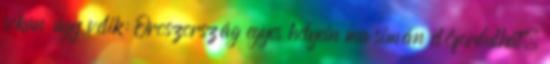
sokan úgy vélik: Oroszország egyes helyein ma simán előfordulhat,